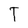
Character: T